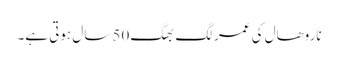
ناروھال کی عمر لگ بھگ 50 سال ہوتی ہے۔